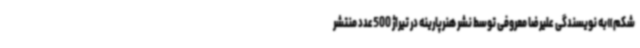
شکم»به نویسندگی علیرضا معروفی توسط نشر هنرپارینه در تیراژ 500عدد منتشر